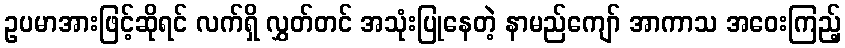
ဥပမာအားဖြင့်ဆိုရင် လက်ရှိ လွှတ်တင် အသုံးပြုနေတဲ့ နာမည်ကျော် အာကာသ အဝေးကြည့်